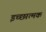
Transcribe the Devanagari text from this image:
इच्छात्मक